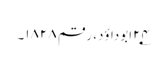
۲۴؂ابوداؤد، رقم ۱۸۲۸۔